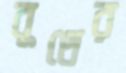
বুথের